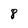
Character: 8